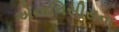
એનાલિસીસના